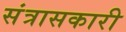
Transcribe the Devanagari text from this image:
संत्रासकारी